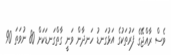
ވެސް ރާއްޖޭގެ ފަރުތަކުގެ އަޅުގަނޑު ހަނދާން ވަނީ ގާތްގަނޑަކަށް 80 ނުވަތަ 90